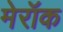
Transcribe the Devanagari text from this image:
मेरॉक